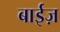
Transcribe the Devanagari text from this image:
बाईज़